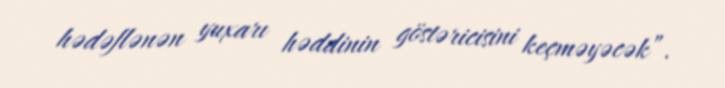
hədəflənən yuxarı həddinin göstəricisini keçməyəcək”.